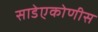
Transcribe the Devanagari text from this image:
साडेएकोणीस